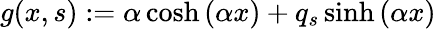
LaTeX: g(x,s):=\alpha\cosh\left(\alpha x\right)+q_{s}\sinh\left(\alpha x\right)